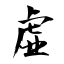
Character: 虛